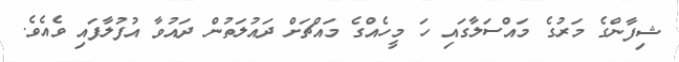
ޝިފާންގެ މަރުގެ މައްސަލާގައި ހަ މީހެއްގެ މައްޗަށް ދައުލަތުން ދައުވާ އުފުލާފައި ވެއެވެ.